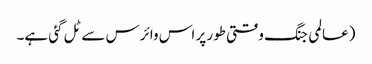
(عالمی جنگ وقتی طور پر اس وائرس سے ٹل گئی ہے۔